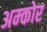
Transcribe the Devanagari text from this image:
अम्कोर